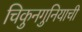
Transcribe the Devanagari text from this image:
चिकुनगुनियाची